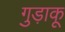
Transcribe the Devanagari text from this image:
गुड़ाकू